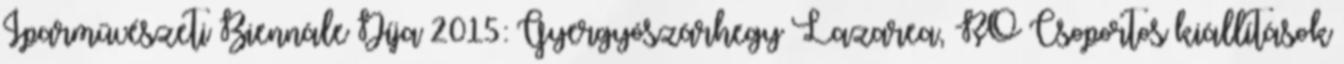
Iparművészeti Biennále Díja 2015: Gyergyószárhegy Lazarea, RO Csoportos kiállítások